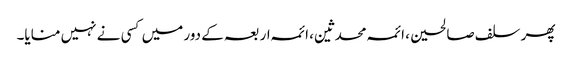
پھر سلف صالحین، ائمہ محدثین، ائمہ اربعہ کے دور میں کسی نے نہیں منایا۔